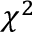
\chi ^ { 2 }